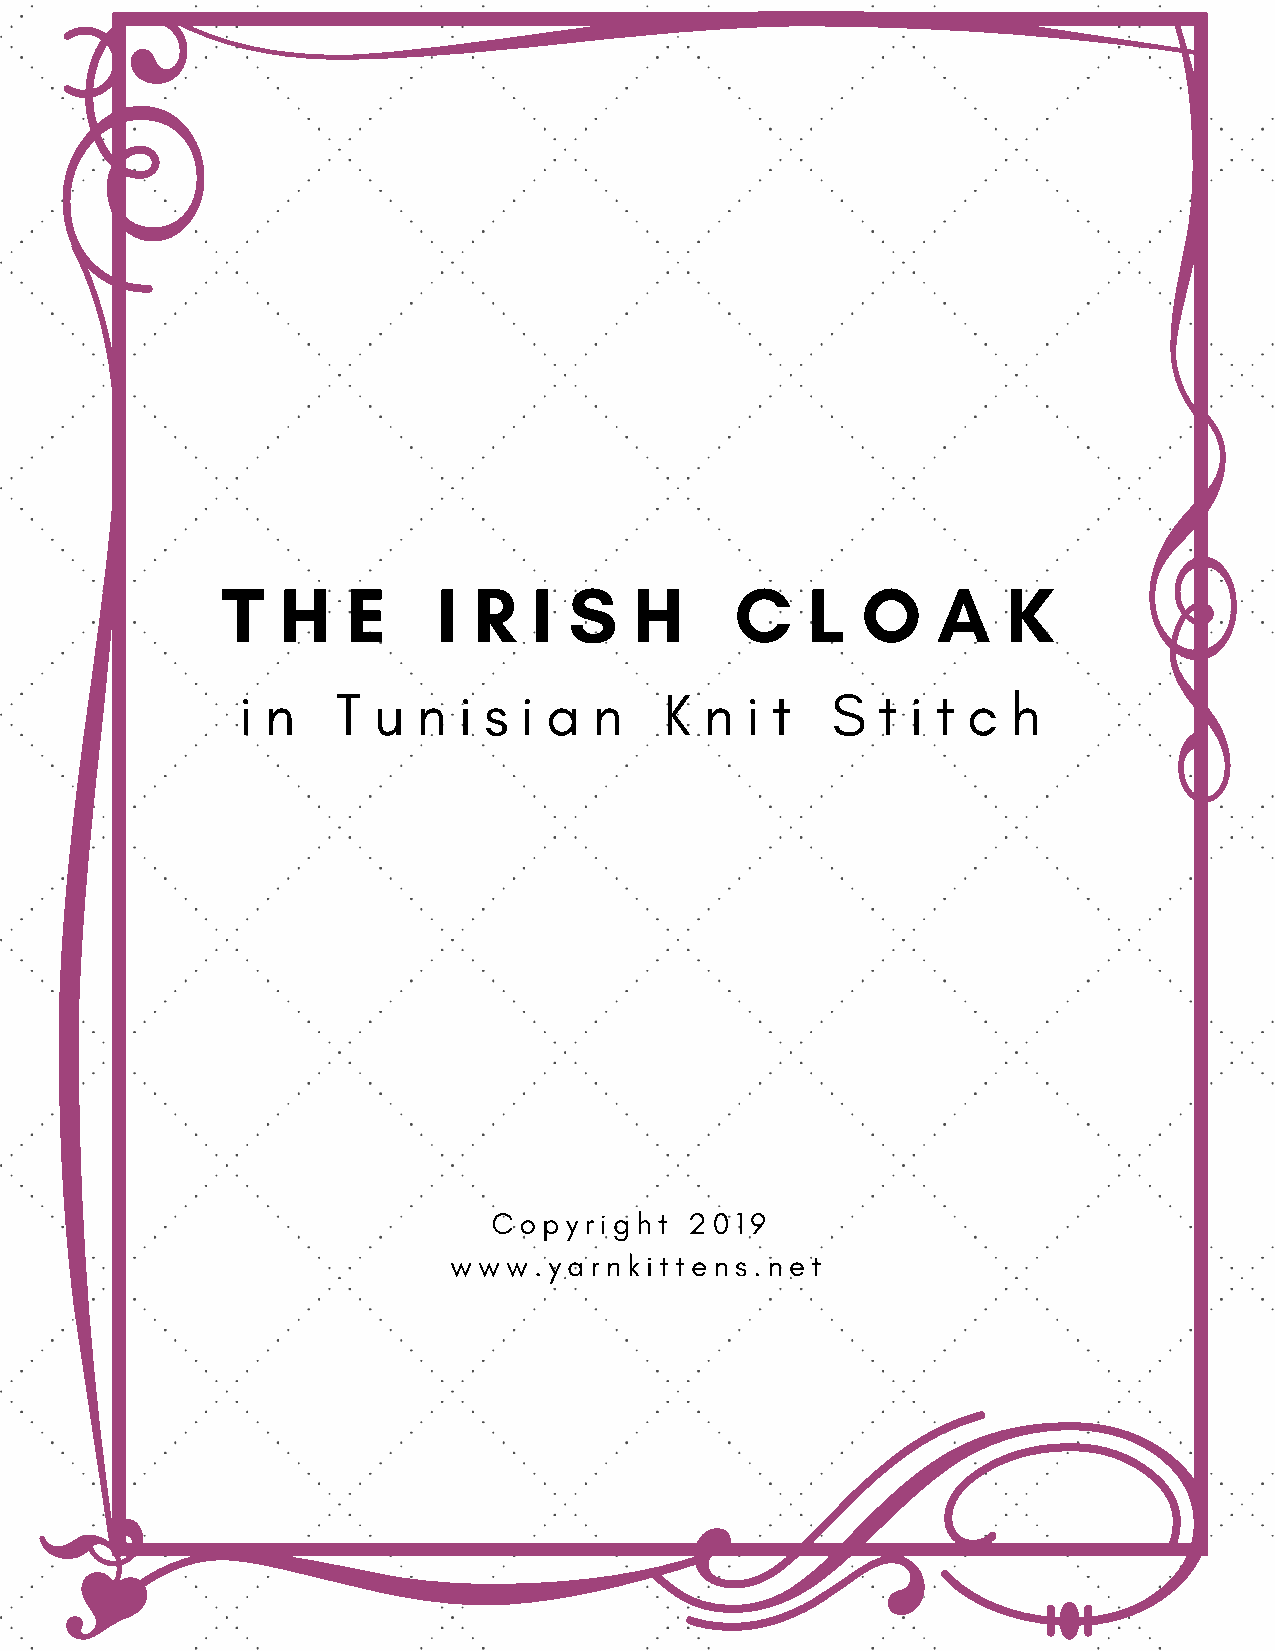
T   H   E     I R   I  S   H      C   L   O    A    K
 i n   T  u  n i s i a  n    K  n i t   S  t i t c  h
 Copyright    2019
 www.yarnkittens.net